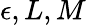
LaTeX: \epsilon,L,M